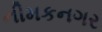
નીમકનગર